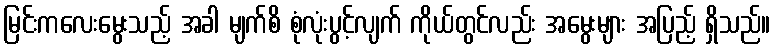
မြင်းကလေးမွေးသည့် အခါ မျက်စိ စုံလုံးပွင့်လျက် ကိုယ်တွင်လည်း အမွေးများ အပြည့် ရှိသည်။